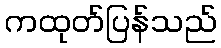
ကထုတ်ပြန်သည်